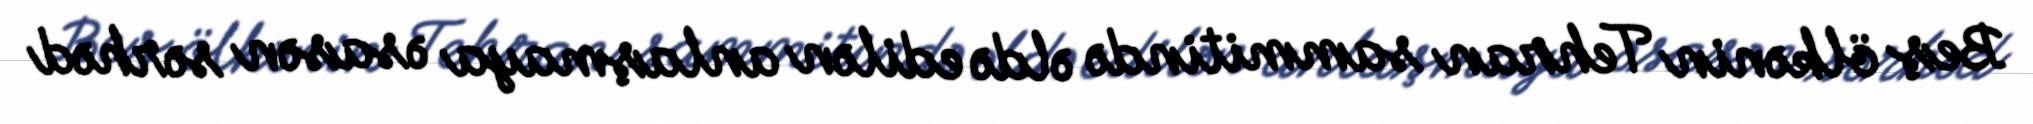
Beş ölkənin Tehran sammitində əldə edilən anlaşmaya əsasən sərhəd